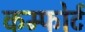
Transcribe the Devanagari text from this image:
कम्फोर्ट